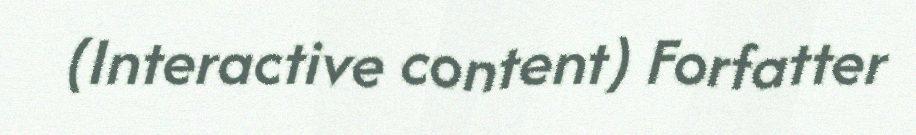
(Interactive content) Forfatter